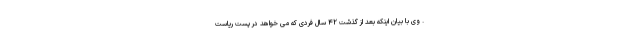
. وی با بیان اینکه بعد از گذشت ۴۲ سال فردی که می خواهد در پست ریاست